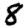
Digit: 8